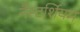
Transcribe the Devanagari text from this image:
नैस्टर्शियम